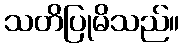
သတိပြုမိသည်။